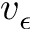
v _ { \epsilon }